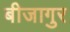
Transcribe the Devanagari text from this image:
बीजागुर